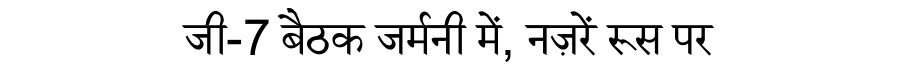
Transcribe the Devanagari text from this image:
जी-7 बैठक जर्मनी में, नज़रें रूस पर